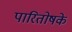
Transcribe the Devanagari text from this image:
पारितोषके